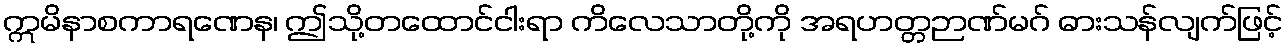
ဣမိနာစကာရဏေန၊ ဤသို့တထောင်ငါးရာ ကိလေသာတို့ကို အရဟတ္တဉာဏ်မဂ် ဓားသန်လျက်ဖြင့်